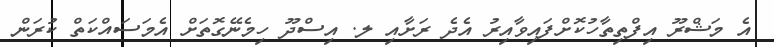
އެ މަޝްރޫ އިފްތިތާހުކޮށްފައިވާއިރު އެދެ ރަށާއި ލ. އިސްދޫ ހިމެނޭގޮތަށް އެމަސައްކަތް ކުރަން